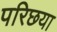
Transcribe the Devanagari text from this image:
परिछया